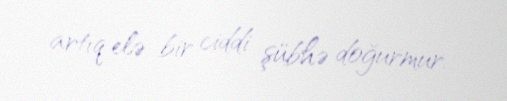
artıq elə bir ciddi şübhə doğurmur.